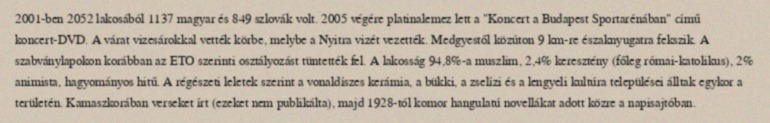
2001-ben 2052 lakosából 1137 magyar és 849 szlovák volt. 2005 végére platinalemez lett a "Koncert a Budapest Sportarénában" című koncert-DVD. A várat vizesárokkal vették körbe, melybe a Nyitra vizét vezették. Medgyestől közúton 9 km-re északnyugatra fekszik. A szabványlapokon korábban az ETO szerinti osztályozást tüntették fel. A lakosság 94,8%-a muszlim, 2,4% keresztény (főleg római-katolikus), 2% animista, hagyományos hitű. A régészeti leletek szerint a vonaldíszes kerámia, a bükki, a zselízi és a lengyeli kultúra települései álltak egykor a területén. Kamaszkorában verseket írt (ezeket nem publikálta), majd 1928-tól komor hangulatú novellákat adott közre a napisajtóban.